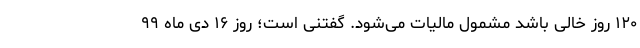
۱۲۰ روز خالی باشد مشمول مالیات می‌شود. گفتنی است؛ روز ۱۶ دی ماه ۹۹